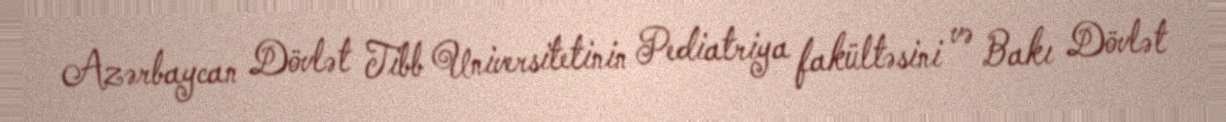
Azərbaycan Dövlət Tibb Universitetinin Pediatriya fakültəsini və Bakı Dövlət